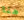
هنا